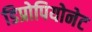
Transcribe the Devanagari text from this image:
डिप्रोपियोनेट